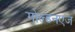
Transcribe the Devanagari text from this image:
गोल्डनएज